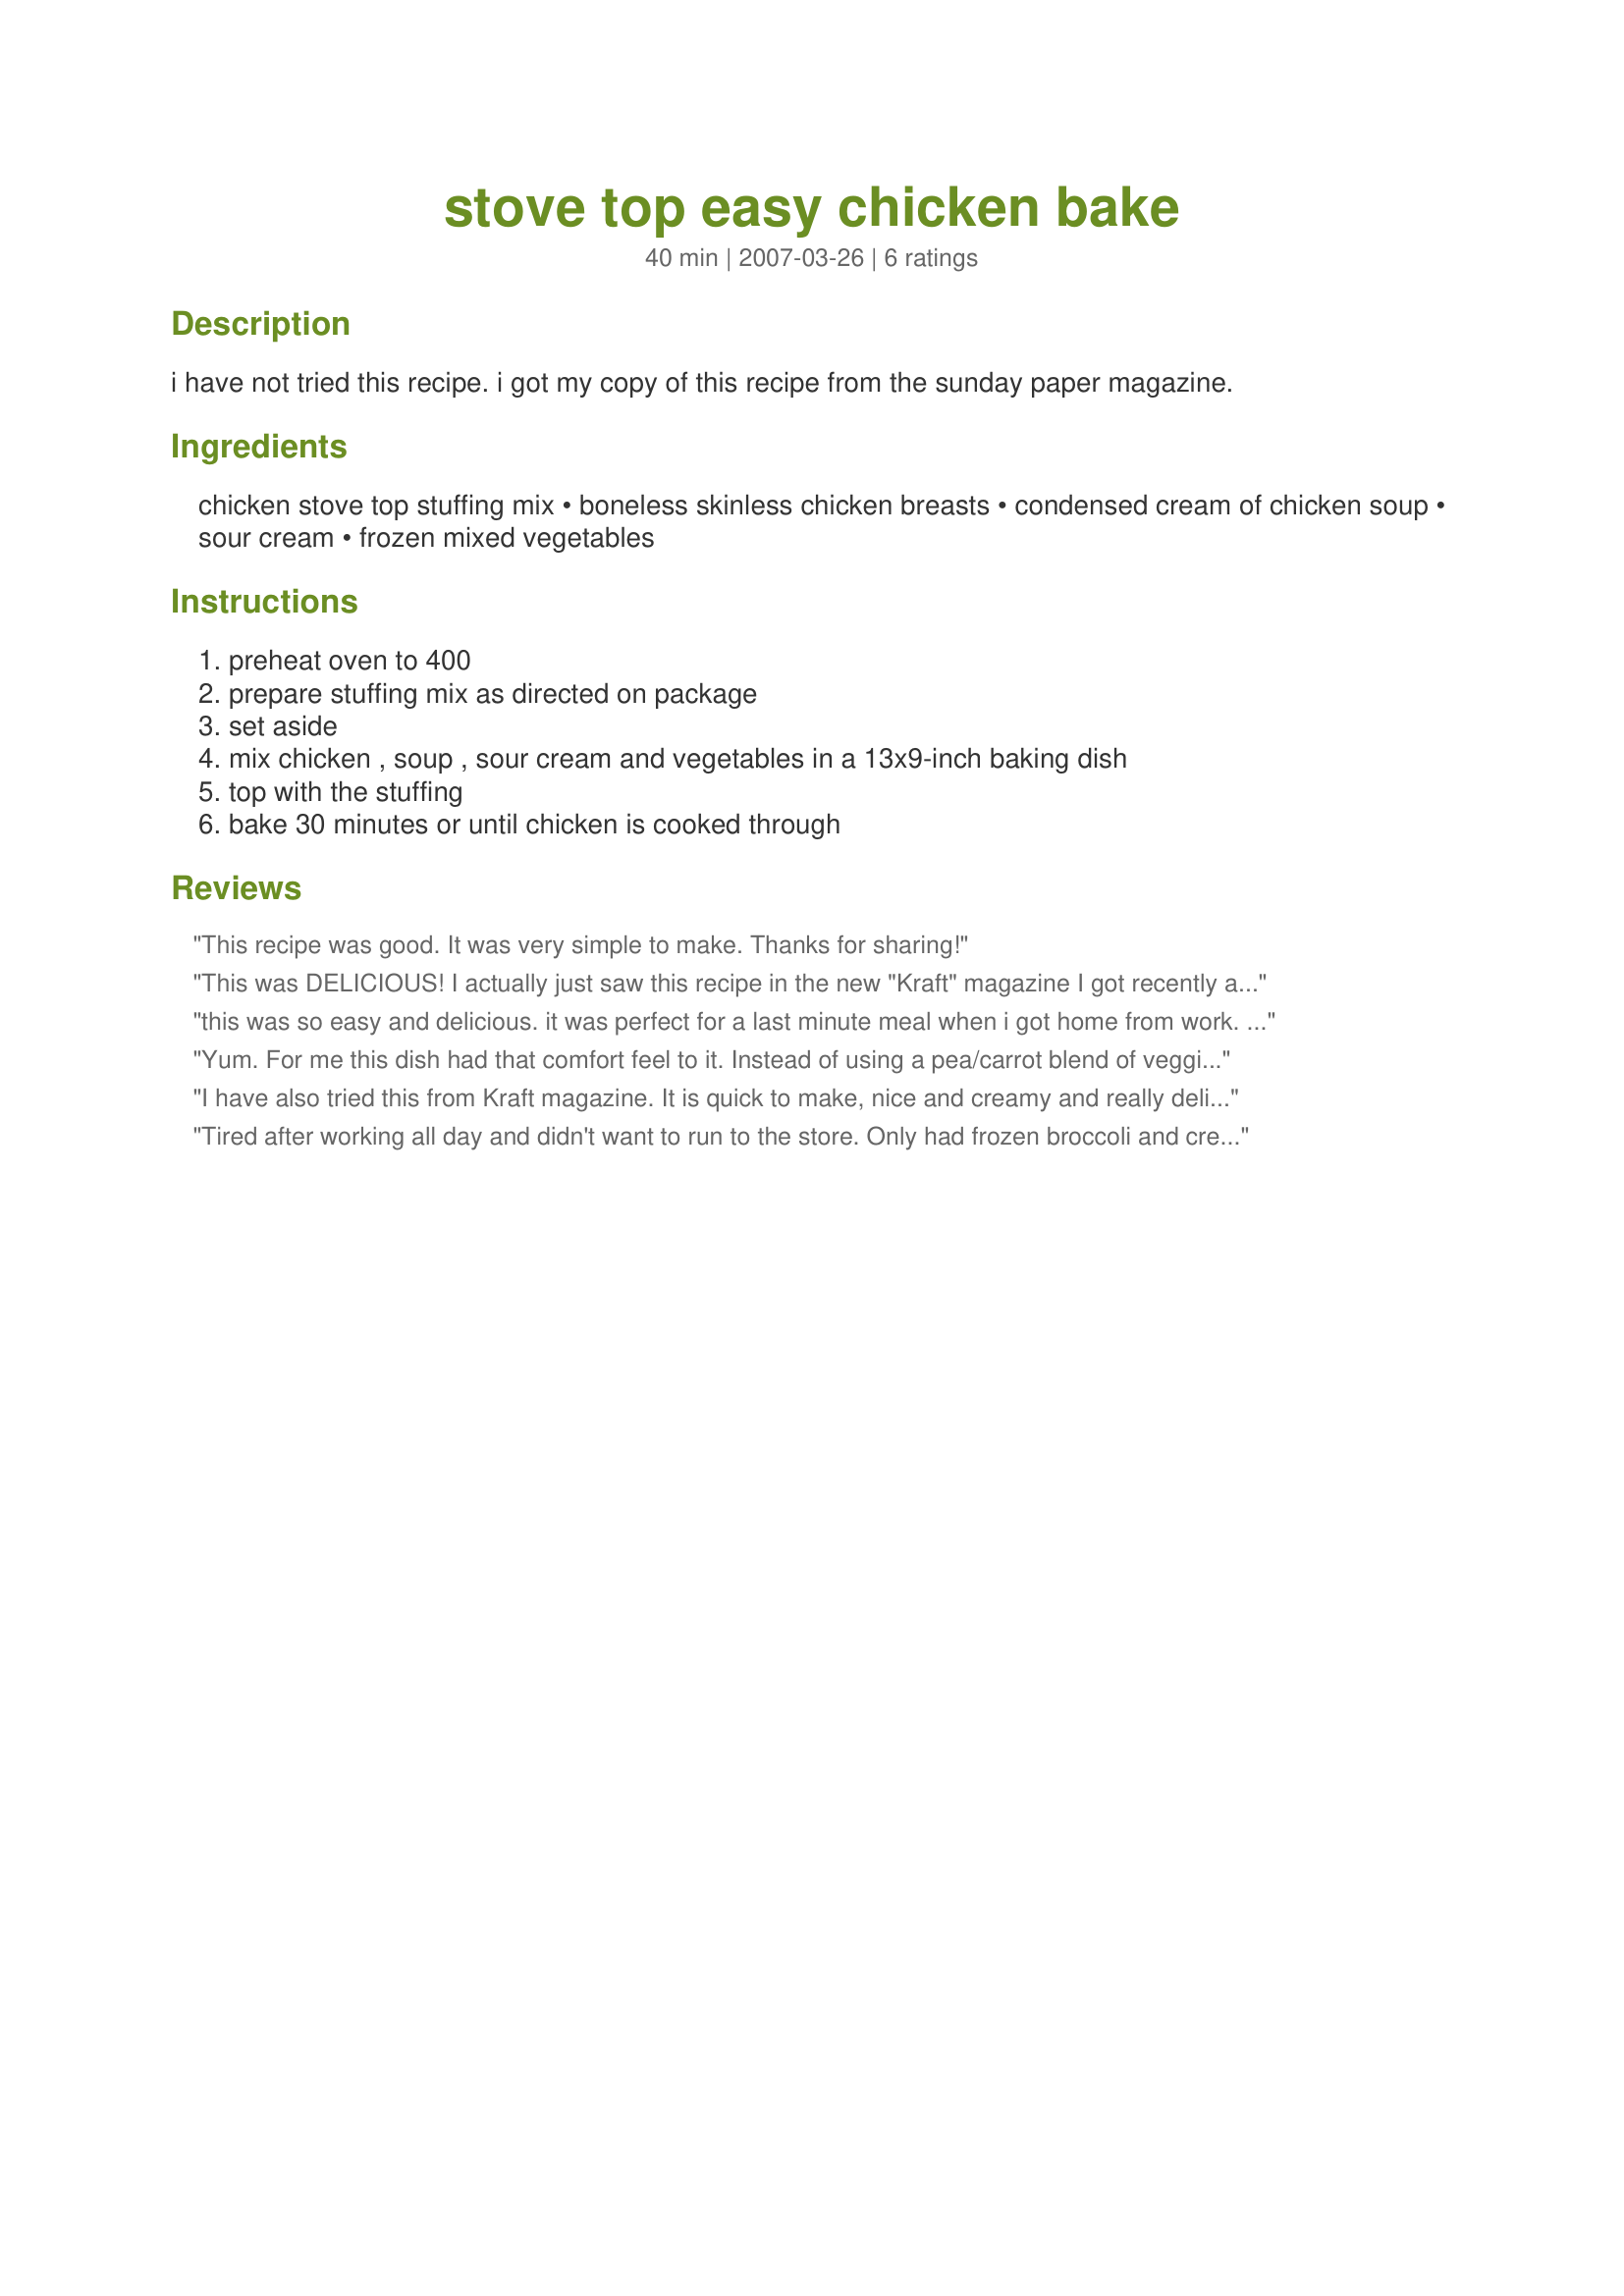
stove top easy chicken bake
Preparation time: 40 minutes

i have not tried this recipe. i got my copy of this recipe from the sunday paper magazine.

Ingredients:
chicken stove top stuffing mix, boneless skinless chicken breasts, condensed cream of chicken soup, sour cream, frozen mixed vegetables

Steps:
preheat oven to 400, prepare stuffing mix as directed on package, set aside, mix chicken , soup , sour cream and vegetables in a 13x9-inch baking dish, top with the stuffing, bake 30 minutes or until chicken is cooked through

Reviews:
This recipe was good. It was very simple to make. Thanks for sharing!
This was DELICIOUS! I actually just saw this recipe in the new "Kraft" magazine I got recently and decided to try it today. The ONLY change I made was to use a frozen bag of peas & carrots instead of mixed veggies, as my husband doesn't like the corn in the mixed. Otherwise, left as is. Even my nearly 2 year old daughter gobbled hers up. I'll be having the leftovers later! Yum!
this was so easy and delicious. it was perfect for a last minute meal when i got home from work. i will definitely be making this again.
Yum. For me this dish had that comfort feel to it. Instead of using a pea/carrot blend of veggies, I used a stir fry mix that had some of my favorite vegetables. Simple to make and great leftovers. Thanks for sharing!
I have also tried this from Kraft magazine. It is quick to make, nice and creamy and really delicious.
Tired after working all day and didn't want to run to the store. Only had frozen broccoli and cream of mushroom soup. Still turned out great. Perfect when you are looking for a quick and easy meal.
